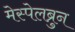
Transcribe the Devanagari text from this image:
मेस्पेलब्रुन